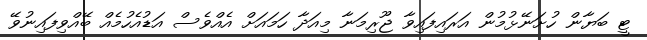
ޓީ ބަޔާން ހުށަނޭޅުމުން އަރައިފައިވާ ޖޫރިމަނާ މިއަދާ ހަމައަށް އެއްވެސް އަޑުއެހުމެއް ބޭއްވިފައިނުވޭ